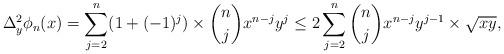
LaTeX: \begin{align*}\Delta_y^2\phi_n(x)=\sum_{j=2}^{n}(1+(-1)^j)\times{n\choose{j}}x^{n-j}y^j\leq2\sum_{j=2}^{n}{n\choose{j}}x^{n-j}y^{j-1}\times\sqrt{xy},\end{align*}